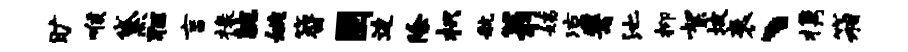
旷喉黛狂言椽腕姚簪固边除枳航翁姨凉鬻池抑絮坡衰、携箱